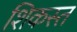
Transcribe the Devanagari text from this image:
शिकस्‍त